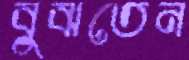
বুঝতেন